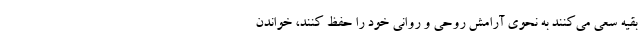
بقیه سعی می‌کنند به نحوی آرامش روحی و روانی خود را حفظ کنند، خواندن